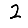
Digit: 2